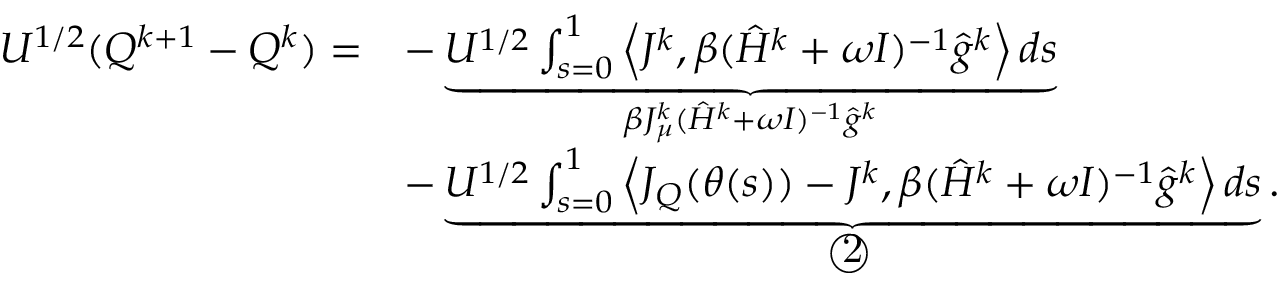
\begin{array} { r l } { U ^ { 1 / 2 } ( Q ^ { k + 1 } - Q ^ { k } ) = } & { - \underbrace { U ^ { 1 / 2 } \int _ { s = 0 } ^ { 1 } \left\langle J ^ { k } , \beta ( \hat { H } ^ { k } + \omega I ) ^ { - 1 } \hat { g } ^ { k } \right\rangle d s } _ { \beta J _ { \mu } ^ { k } ( \hat { H } ^ { k } + \omega I ) ^ { - 1 } \hat { g } ^ { k } } } \\ & { - \underbrace { U ^ { 1 / 2 } \int _ { s = 0 } ^ { 1 } \left\langle J _ { Q } ( \theta ( s ) ) - J ^ { k } , \beta ( \hat { H } ^ { k } + \omega I ) ^ { - 1 } \hat { g } ^ { k } \right\rangle d s } _ { \textcircled { 2 } } . } \end{array}